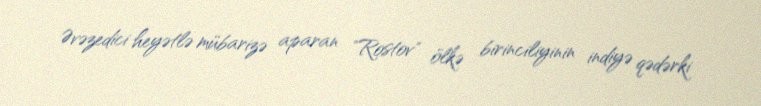
Əvəzedici heyətlə mübarizə aparan "Rostov" ölkə birinciliyinin indiyə qədərki